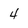
Character: 4